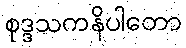
စုဒ္ဒသကနိပါတော